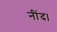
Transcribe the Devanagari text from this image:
नींद।